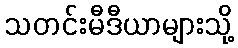
သတင်းမီဒီယာများသို့